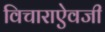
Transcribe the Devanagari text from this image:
विचाराऐवजी